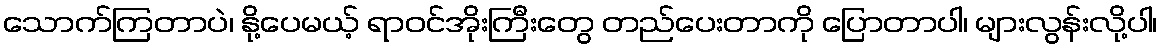
သောက်ကြတာပဲ၊ နို့ပေမယ့် ရာဝင်အိုးကြီးတွေ တည်ပေးတာကို ပြောတာပါ၊ များလွန်းလို့ပါ၊